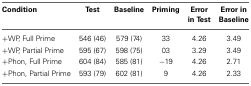
<table><thead><tr><td><b>Condition</b></td><td><b>Test</b></td><td><b>Baseline</b></td><td><b>Priming</b></td><td><b>Error in Test</b></td><td><b>Error in Baseline</b></td></tr></thead><tbody><tr><td>+WP, Full Prime</td><td>546 (46)</td><td>579 (74)</td><td>33</td><td>4.26</td><td>3.49</td></tr><tr><td>+WP, Partial Prime</td><td>595 (67)</td><td>598 (75)</td><td>03</td><td>3.29</td><td>3.49</td></tr><tr><td>+Phon, Full Prime</td><td>604 (84)</td><td>585 (81)</td><td>−19</td><td>4.26</td><td>2.71</td></tr><tr><td>+Phon, Partial Prime</td><td>593 (79)</td><td>602 (81)</td><td>9</td><td>4.26</td><td>2.33</td></tr></tbody></table>